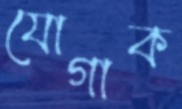
যোগাক